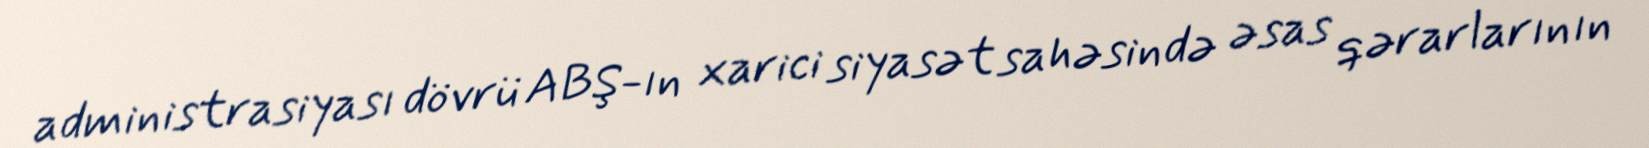
administrasiyası dövrü ABŞ-ın xarici siyasət sahəsində əsas qərarlarının